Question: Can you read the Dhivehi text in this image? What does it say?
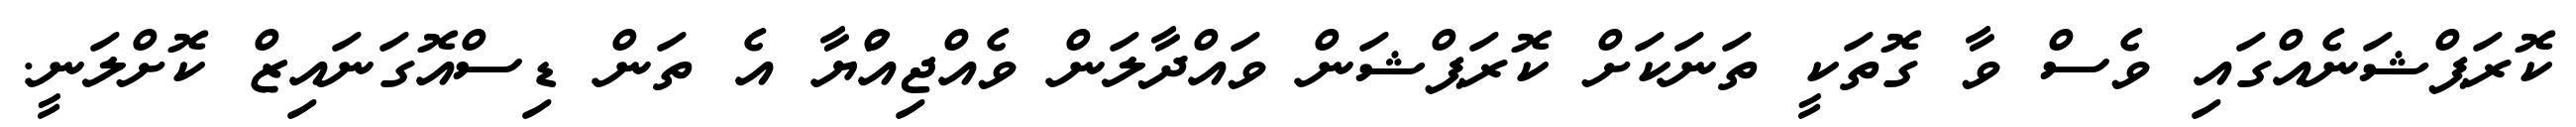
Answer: ކޮރަޕްޝަނެއްގައި ވެސް ވާ ގޮތަކީ ތަނަކަށް ކޮރަޕްޝަން ވައްދާލަން ވެއްޖިއްުޔާ އެ ތަން ޑިސްއޮގަނައިޒް ކޮށްލަނީ.